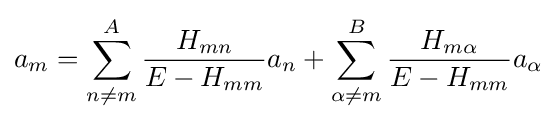
a_{m}=\sum _{n\neq m}^{A}{\frac {H_{mn}}{E-H_{mm}}}a_{n}+\sum _{\alpha \neq m}^{B}{\frac {H_{m\alpha }}{E-H_{mm}}}a_{\alpha }